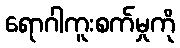
ရောဂါကူးစက်မှုကို